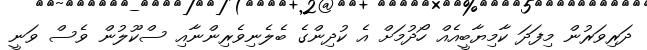
ދަރިވަރުން މިފަދަ ކާމިޔާބީއެއް ހޯދުމަށް އެ ކުދިންގެ ބެލެނިވެރިންނާއި ސްކޫލުން ވެސް ވަނީ